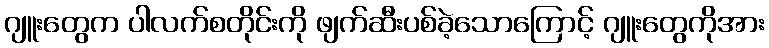
ဂျူးတွေက ပါလက်စတိုင်းကို ဖျက်ဆီးပစ်ခဲ့သောကြောင့် ဂျူးတွေကိုအား